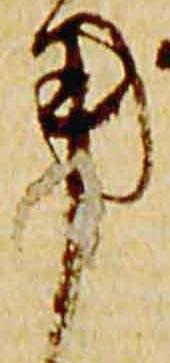
用